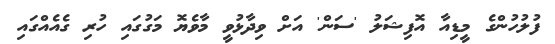
ފުލުހުންގެ މީޑިއާ އޮފިޝަލު 'ސަން' އަށްް ވިދާޅުވީ މާވެޔޮ މަގުގައި ހުރި ގެއެއްގައި